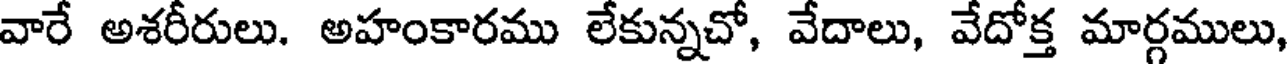
వారే అశరీరులు. అహంకారము లేకున్నచో, వేదాలు, వేదోక్త మార్గములు,